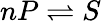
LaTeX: nP\rightleftharpoons S